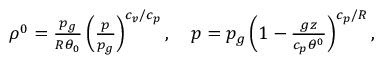
\begin{array} { r } { \rho ^ { 0 } = \frac { p _ { g } } { R \theta _ { 0 } } \left( \frac { p } { p _ { g } } \right) ^ { c _ { v } / c _ { p } } , \quad p = p _ { g } \left( 1 - \frac { g z } { c _ { p } \theta ^ { 0 } } \right) ^ { c _ { p } / R } , } \end{array}